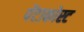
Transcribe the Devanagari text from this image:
पेंटाकोस्ट